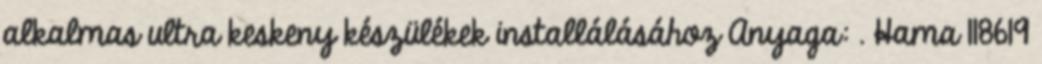
alkalmas ultra keskeny készülékek installálásához Anyaga: . Hama 118619